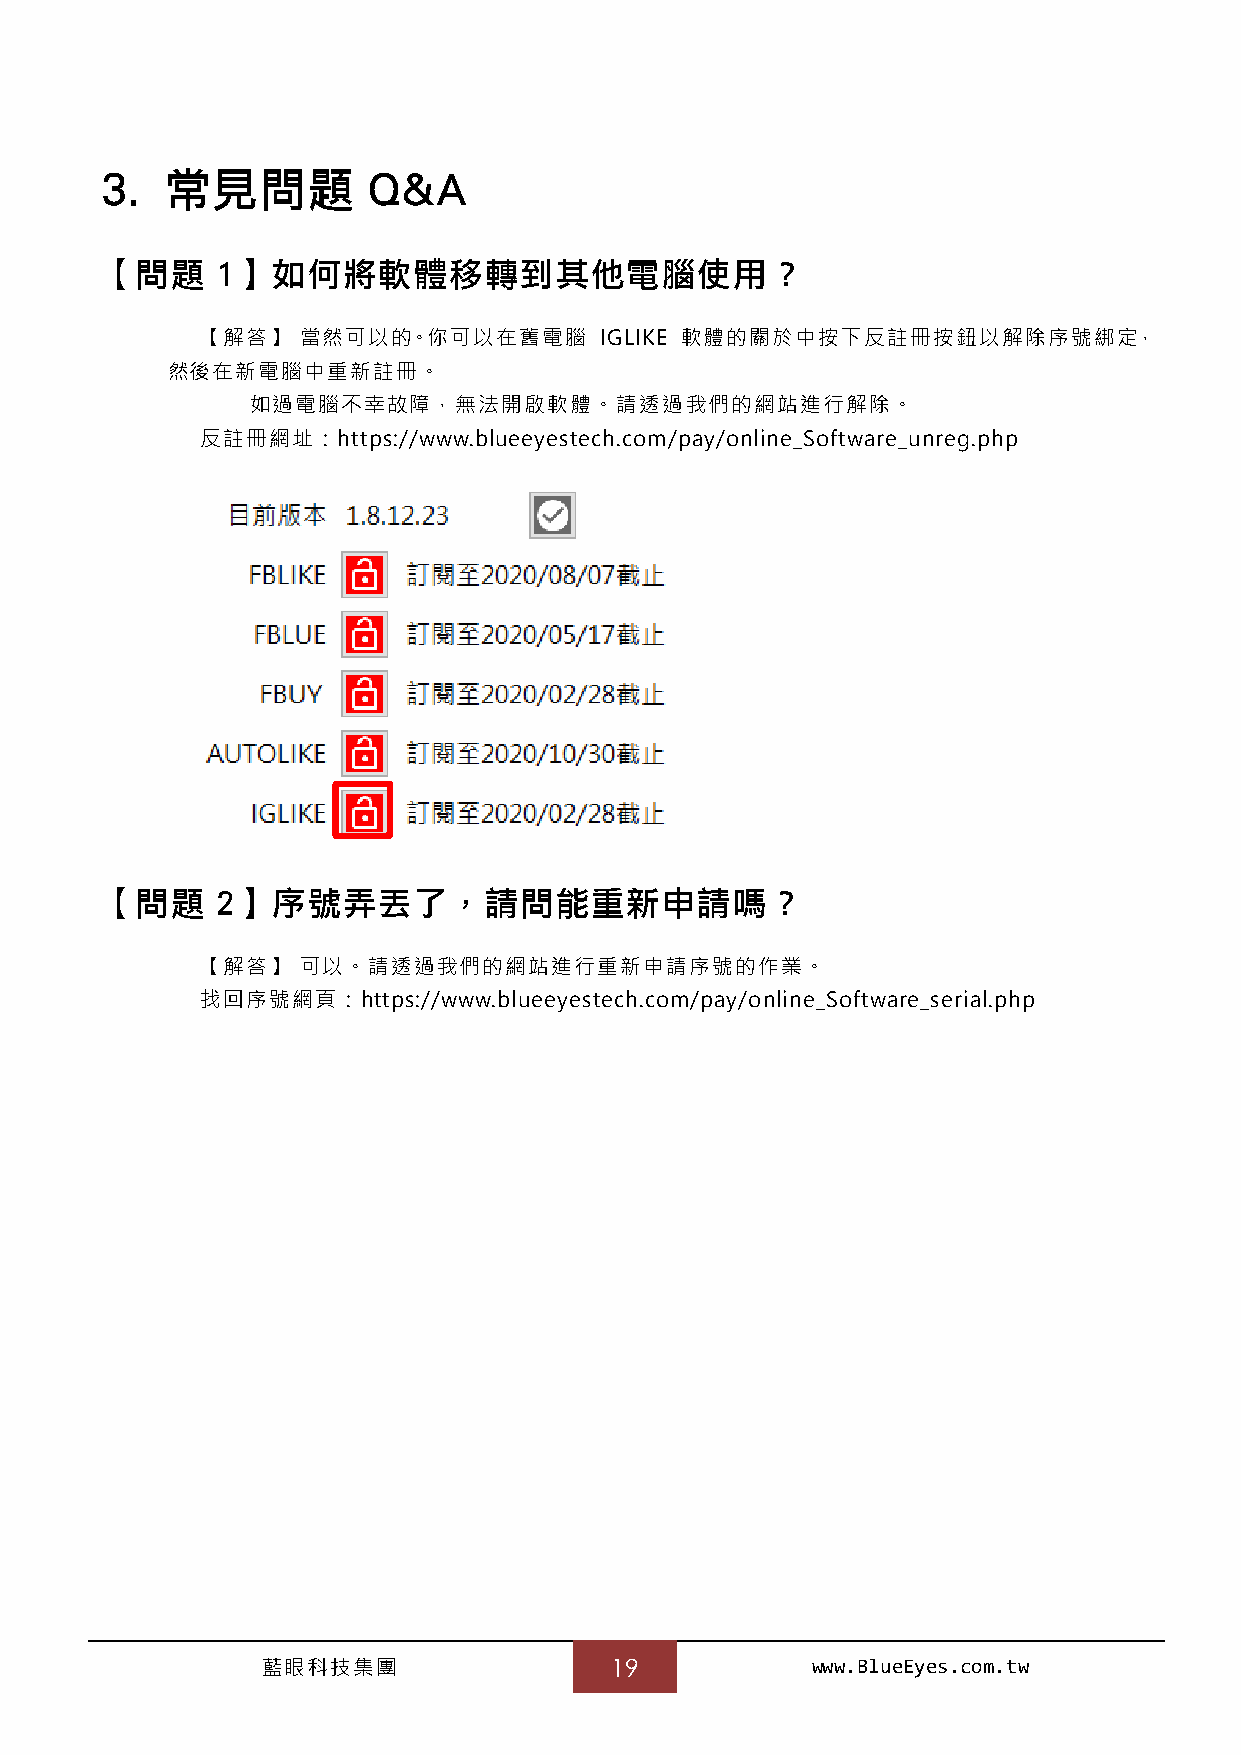
3.  常見問題         Q&A
 【問題    1】如何將軟體移轉到其他電腦使用？
 【解答】   當然可以的。你可以在舊電腦       IGLIKE 軟體的關於中按下反註冊按鈕以解除序號綁定，
 然後在新電腦中重新註冊。
 如過電腦不幸故障，無法開啟軟體。請透過我們的網站進行解除。
 反註冊網址：https://www.blueeyestech.com/pay/online_Software_unreg.php
 【問題    2】序號弄丟了，請問能重新申請嗎？
 【解答】   可以。請透過我們的網站進行重新申請序號的作業。
 找回序號網頁：https://www.blueeyestech.com/pay/online_Software_serial.php
 藍眼科技集團                 19            www.BlueEyes.com.tw